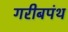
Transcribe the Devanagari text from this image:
गरीबपंथ